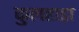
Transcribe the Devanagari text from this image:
कुलहाड़ा